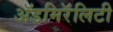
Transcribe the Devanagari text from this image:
ॲडमिरॅलिटी